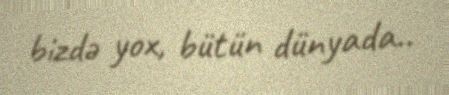
bizdə yox, bütün dünyada..